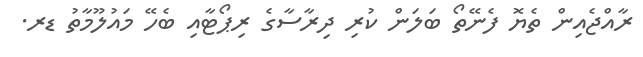
ރާއްޖެއިން ތެޔޮ ފެނޭތޯ ބަލަން ކުރި ދިރާސާގެ ރިޕޯޓާއި ބެހޭ މައުލޫމާތު ޑރ.